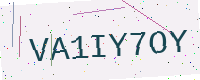
Text: VA1IY7OY